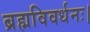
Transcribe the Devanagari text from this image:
ब्रह्मविवर्धनः।